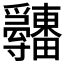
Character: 𤴋